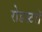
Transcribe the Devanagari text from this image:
रोडस्टरों